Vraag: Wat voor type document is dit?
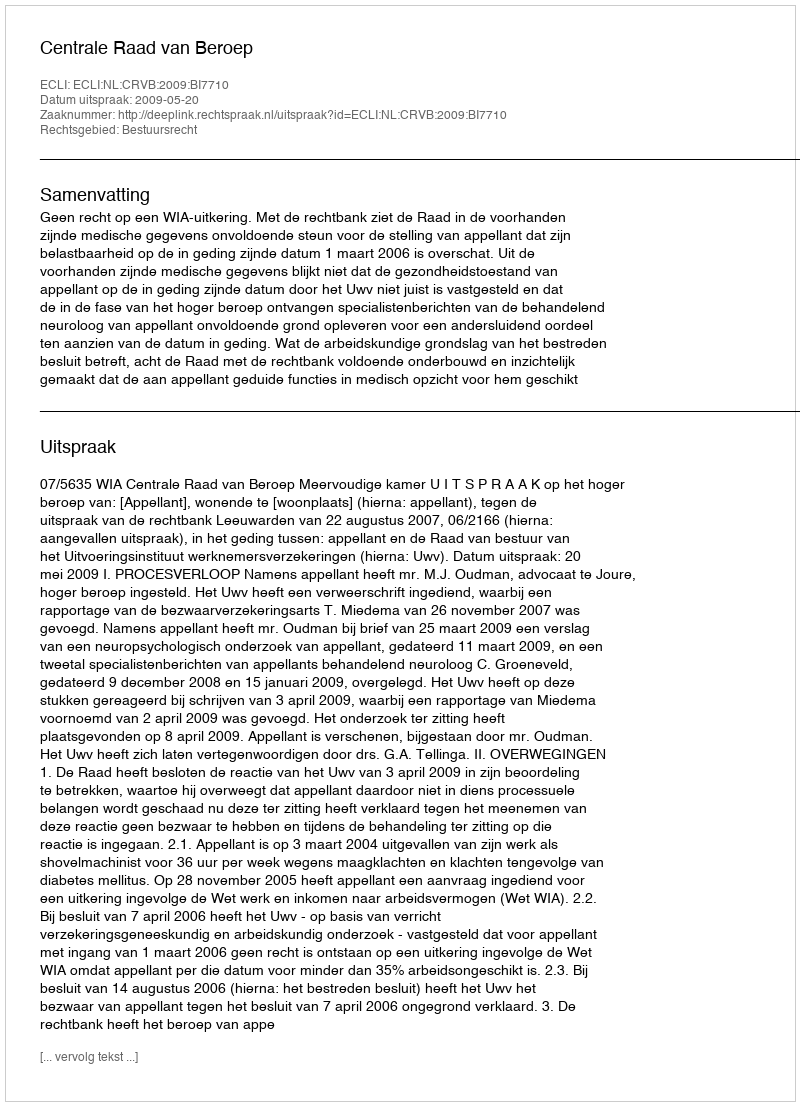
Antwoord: Uitspraak